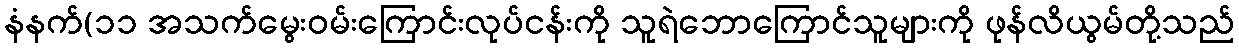
နံနက်(၁၁ အသက်မွေးဝမ်းကြောင်းလုပ်ငန်းကို သူရဲဘောကြောင်သူများကို ဖုန်လိယွမ်တို့သည်